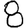
Digit: 8